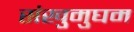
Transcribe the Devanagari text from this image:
संखुमुघम